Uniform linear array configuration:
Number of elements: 12
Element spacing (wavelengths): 0.75
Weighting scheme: cosine
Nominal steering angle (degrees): -60
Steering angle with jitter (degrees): -60.867
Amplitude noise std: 0.05
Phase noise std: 0.05

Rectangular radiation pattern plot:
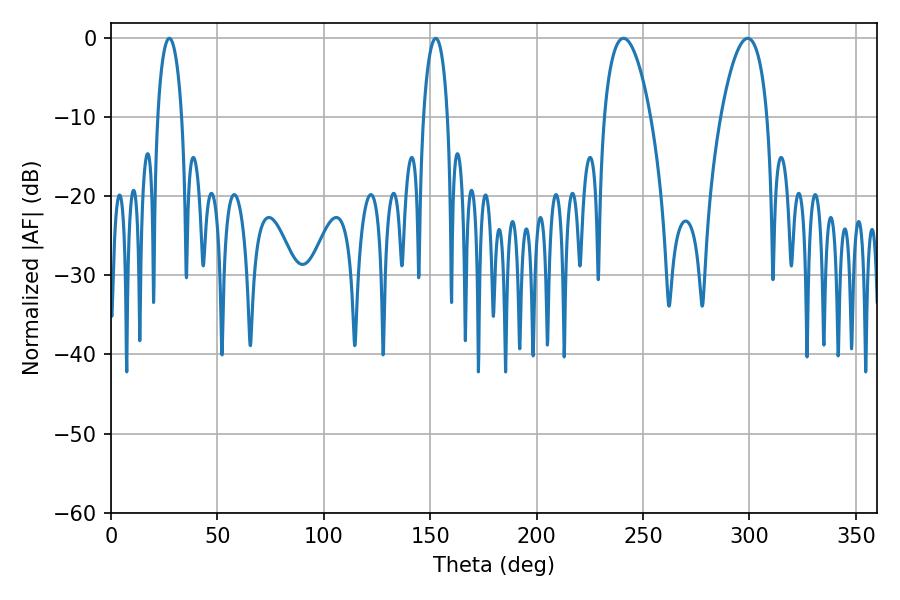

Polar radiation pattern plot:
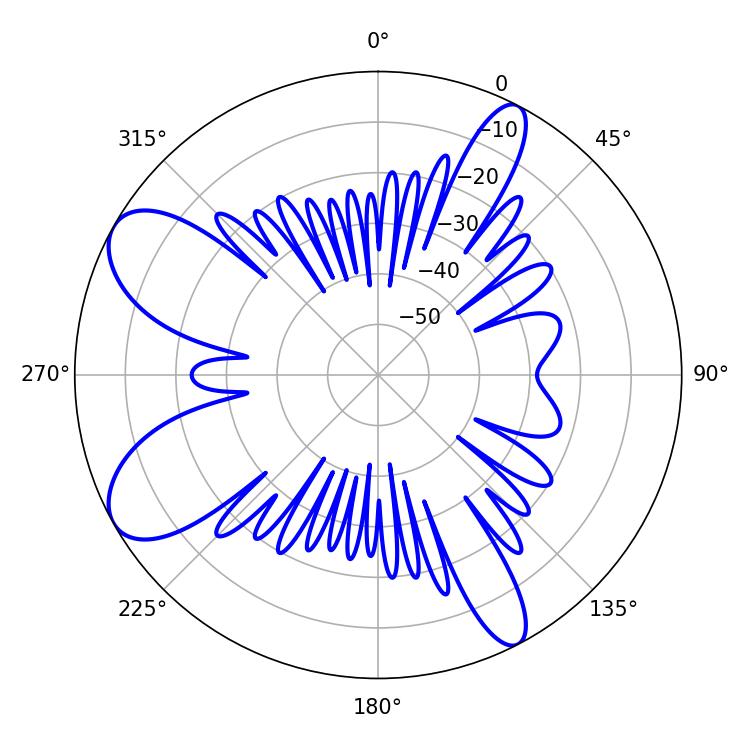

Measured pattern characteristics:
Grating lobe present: TRUE
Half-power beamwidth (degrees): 12.24
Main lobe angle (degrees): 240.84